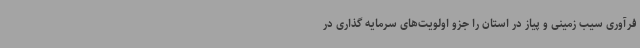
فرآوری سیب زمینی و پیاز در استان را جزو اولویت‌های سرمایه گذاری در